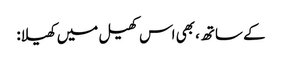
کے ساتھ، بھی اس کھیل میں کھیلا: